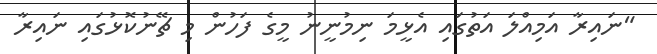
"ނައިރާ އަމިއްލަ އަތުގައި އެޅީމަ ނިމުނީނު މީގެ ފަހުން މި ޗޭނުކޮޅުގައި ނައިރާ